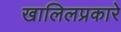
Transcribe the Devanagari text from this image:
खालिलप्रकारे